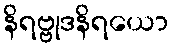
နိရဗ္ဗုဒနိရယော